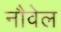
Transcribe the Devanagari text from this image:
नौवेल